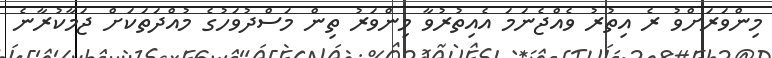
މިންވަރަށްވު ރެ އިތުރު ވެއްޖެނަމަ އެއިތުރުވާ މިންވަރު ތިން މަސްދުވަހުގެ މުއްދަތަކަށް ޖަމާކުރާނެ